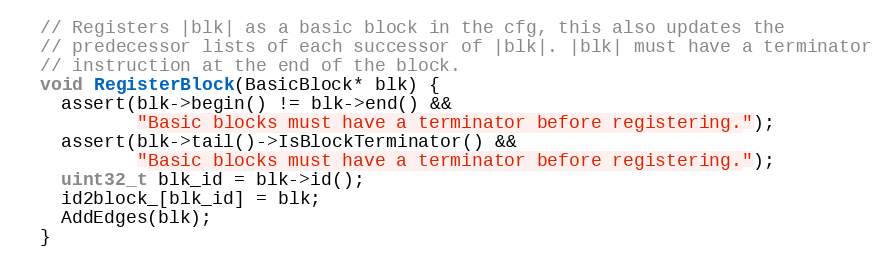
Language: C
  // Registers |blk| as a basic block in the cfg, this also updates the
  // predecessor lists of each successor of |blk|. |blk| must have a terminator
  // instruction at the end of the block.
  void RegisterBlock(BasicBlock* blk) {
    assert(blk->begin() != blk->end() &&
           "Basic blocks must have a terminator before registering.");
    assert(blk->tail()->IsBlockTerminator() &&
           "Basic blocks must have a terminator before registering.");
    uint32_t blk_id = blk->id();
    id2block_[blk_id] = blk;
    AddEdges(blk);
  }